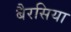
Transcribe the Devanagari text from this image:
बैरसिया